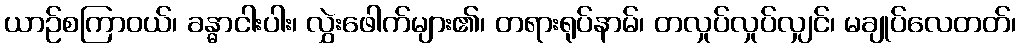
ယာဉ်စကြာဝယ်၊ ခန္ဓာငါးပါး၊ လွှဲးဖေါက်များ၏၊ တရားရုပ်နာမ်၊ တလှုပ်လှုပ်လျှင်၊ မချုပ်လေတတ်၊